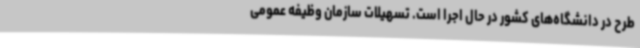
طرح در دانشگاه‌های کشور در حال اجرا است. تسهیلات سازمان وظیفه عمومی